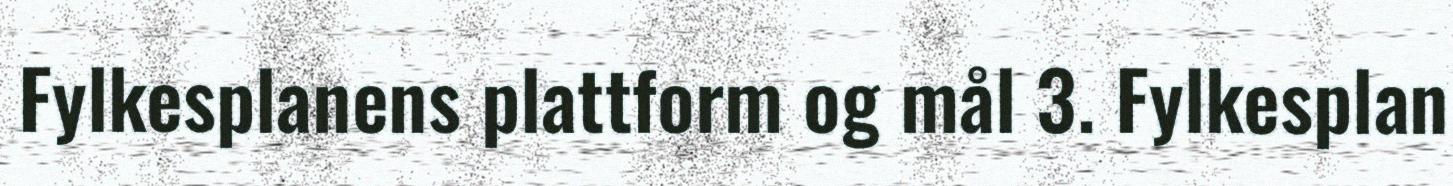
Fylkesplanens plattform og mål 3. Fylkesplan